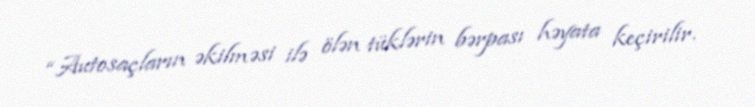
“Autosaçların əkilməsi ilə ölən tüklərin bərpası həyata keçirilir.